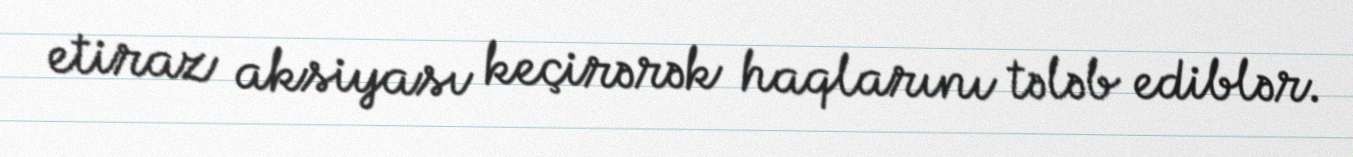
etiraz aksiyası keçirərək haqlarını tələb ediblər.